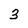
Character: 3